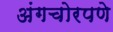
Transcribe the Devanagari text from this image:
अंगचोरपणे